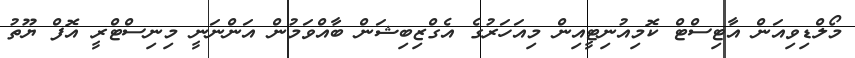
މޯލްޑިވިއަން އާޓިސްޓް ކޮމިއުނިޓީއިން މިއަހަރުގެ އެގްޒިބިޝަން ބާއްވަމުުން އަންނަނީ މިނިސްޓްރީ އޮފް ޔޫތު